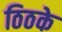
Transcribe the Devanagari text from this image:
ठिठके